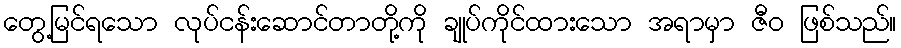
တွေ့မြင်ရသော လုပ်ငန်းဆောင်တာတို့ကို ချုပ်ကိုင်ထားသော အရာမှာ ဇီဝ ဖြစ်သည်။